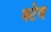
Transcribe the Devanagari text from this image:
क्टेव